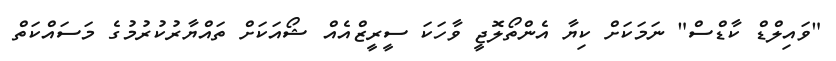
"ވައިލްޑް ކާޑްސް" ނަމަކަށް ކިޔާ އެންތޯލޮޖީ ވާހަކަ ސީރީޒްއެއް ޝޯއަކަށް ތައްޔާރުކުރުމުގެ މަސައްކަތް